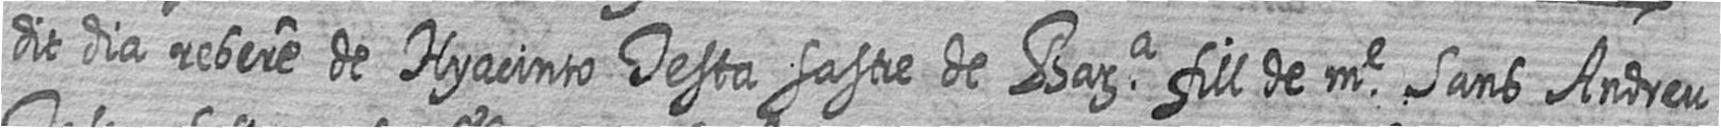
dit dia rebere de Hyacinto Testa sastre de Bara fill de me Sans Andreu